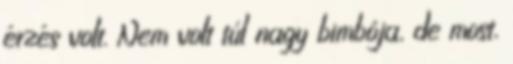
érzés volt. Nem volt túl nagy bimbója, de most,